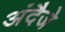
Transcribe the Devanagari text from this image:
अंदैजे